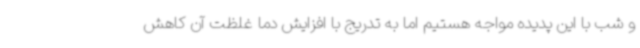
و شب با این پدیده مواجه هستیم اما به تدریج با افزایش دما غلظت آن کاهش